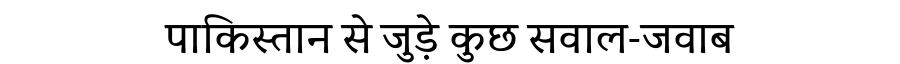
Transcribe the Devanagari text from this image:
पाकिस्तान से जुड़े कुछ सवाल-जवाब